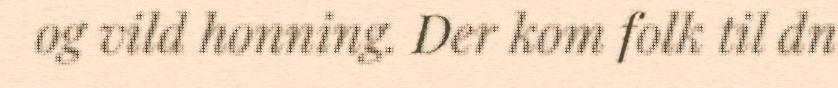
og vild honning. Der kom folk til dn